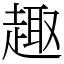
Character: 趣